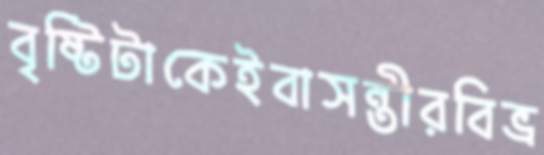
বৃষ্টিটাকেইবাসন্তীরবিভ্র